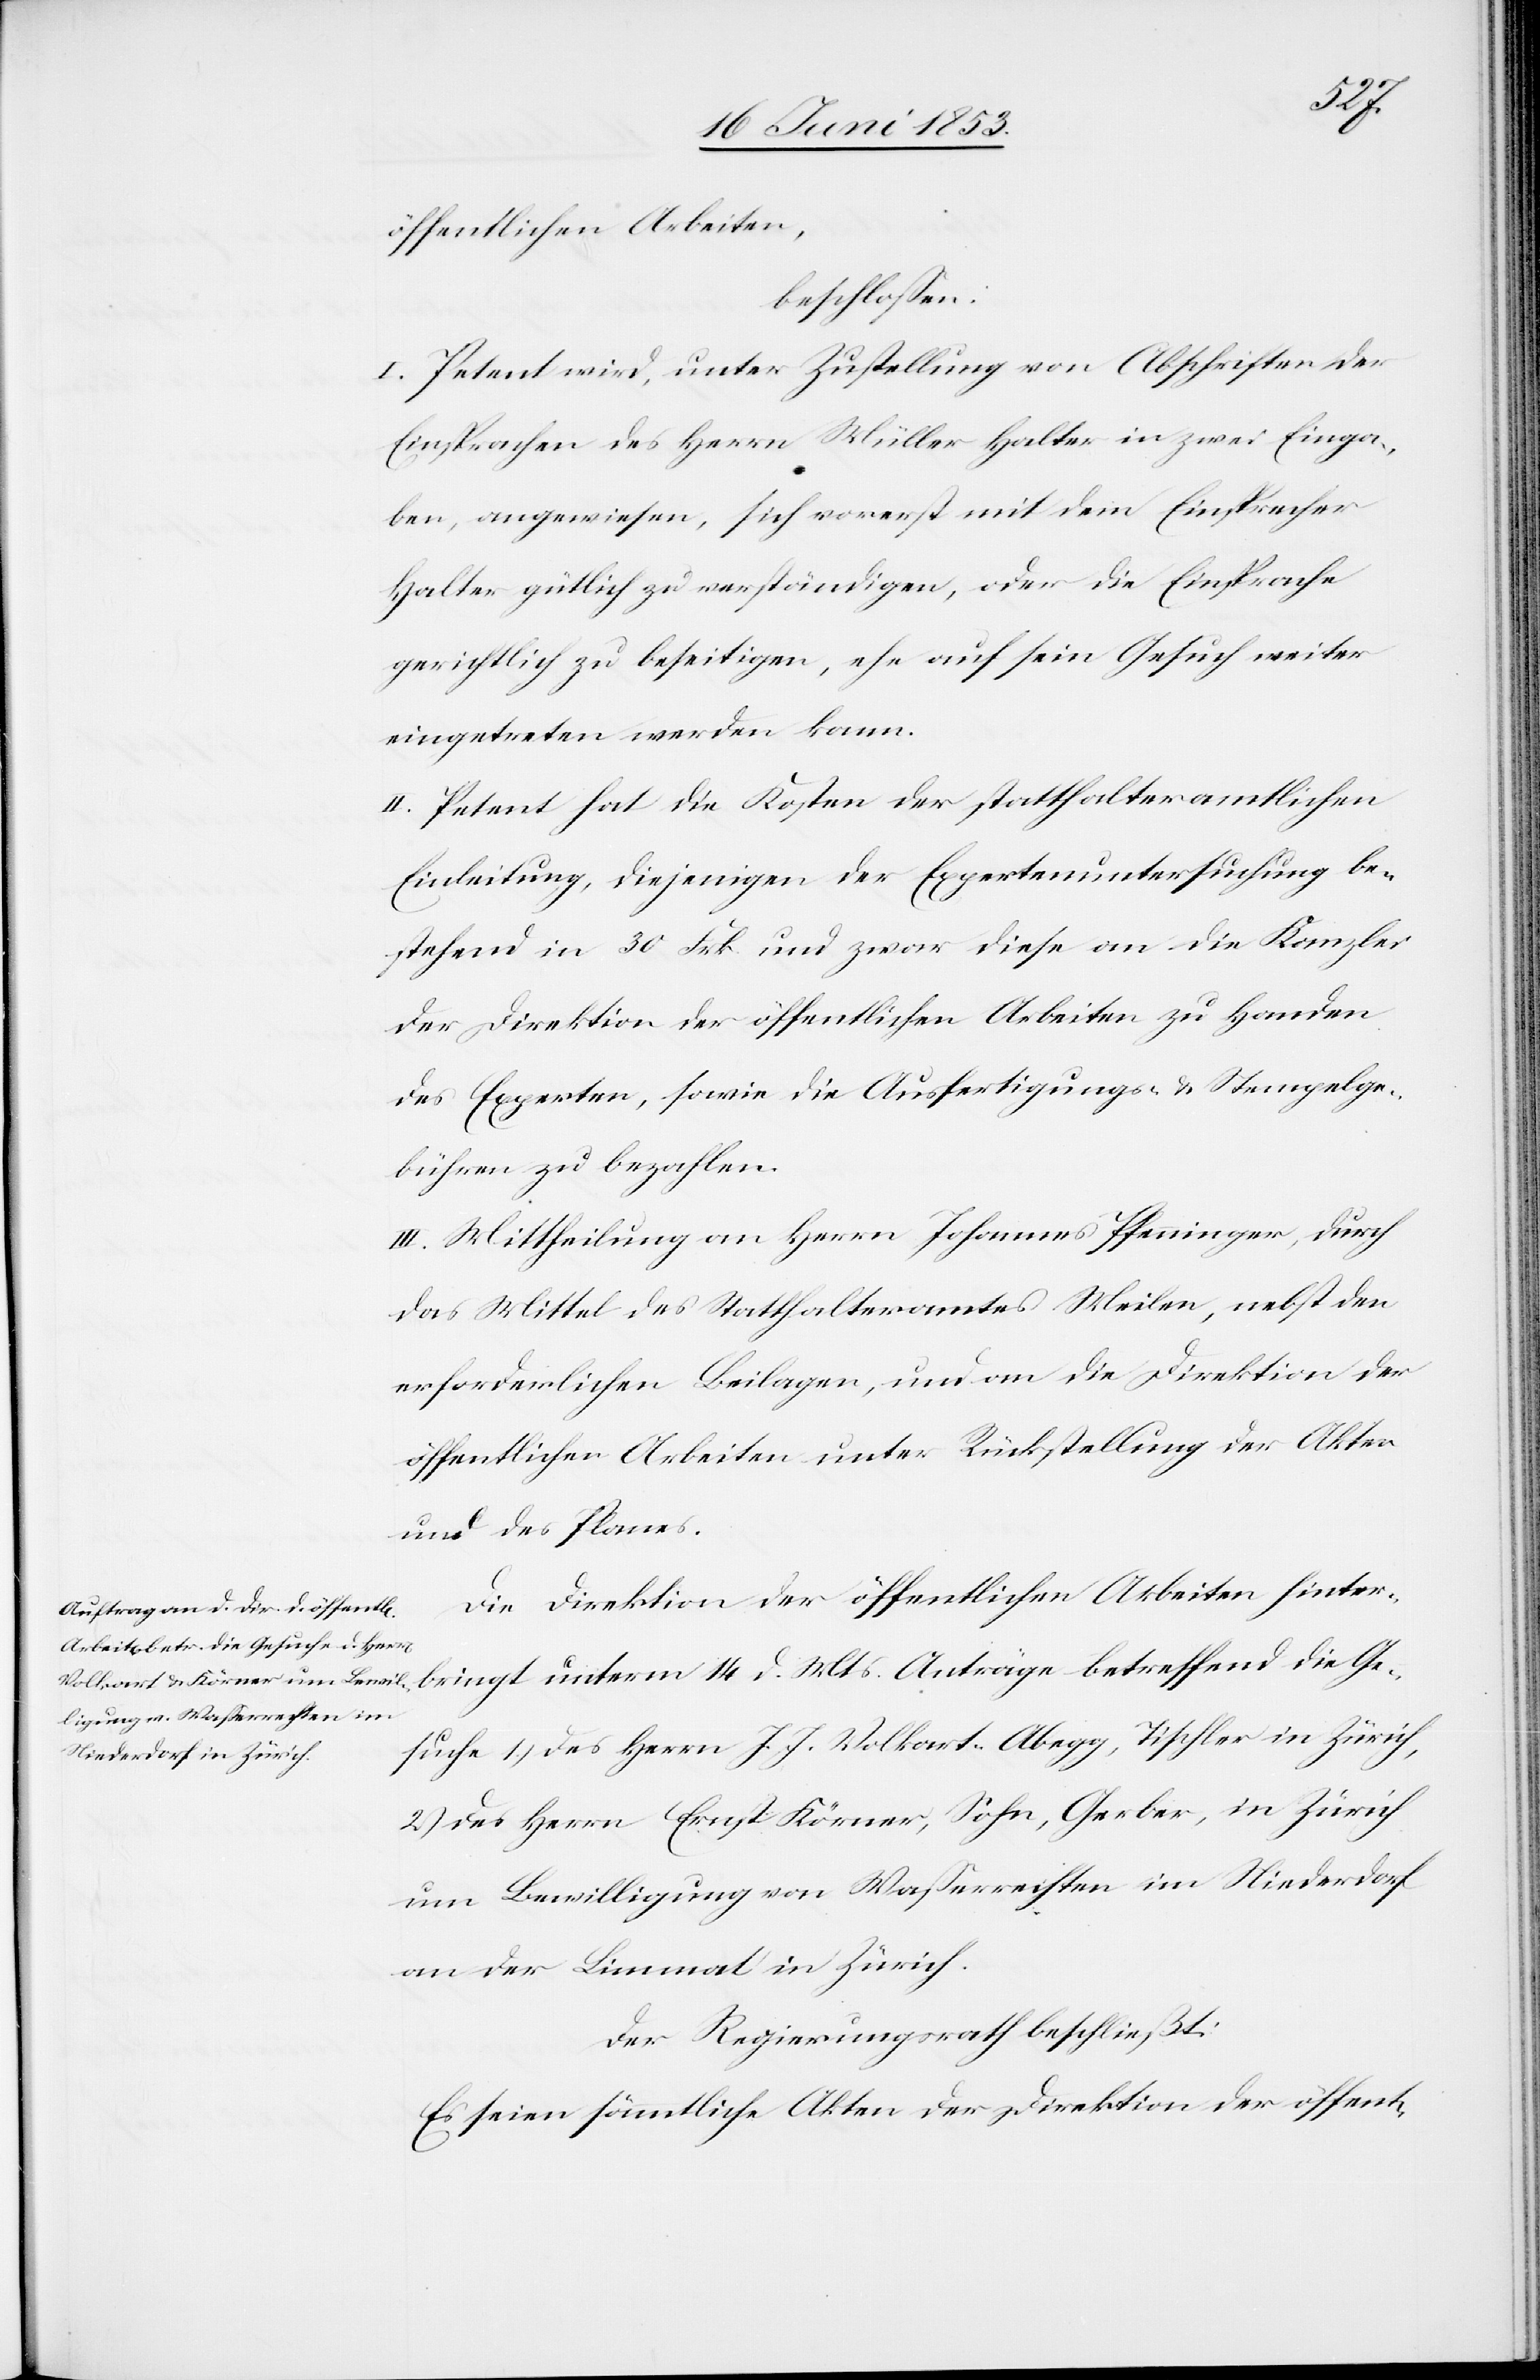
öffentlichen Arbeiten,
beschloßen:
I. Petent wird, unter Zustellung von Abschriften der
Einsprachen des Herrn Müller Halter in zwei Einga¬
ben, angewiesen, sich vorerst mit dem Einsprecher
Halter gütlich zu verständigen, oder die Einsprache
gerichtlich zu beseitigen, ehe auf sein Gesuch weiter
eingetreten werden kann.
II. Petent hat die Kosten der statthalteramtlichen
Einleitung, diejenigen der Expertenuntersuchung be¬
stehend in 30 Frk. und zwar diese an die Kanzlei
der Direktion der öffentlichen Arbeiten zu Handen
des Experten, sowie die Ausfertigungs- u. Stempelge¬
bühren zu bezahlen.
Die Direktion der öffentlichen Arbeiten hinter¬
bringt unterm 14 d. Mts. Anträge betreffend die Ge¬
suche, 1) des Herrn J. J. Volkart-Abegg, Tischler in Zürich,
2) des Herrn Ernst Körner, Sohn, Gerber, in Zürich
um Bewilligung von Waßerrechten im Niederdorf
an der Limmat in Zürich.
Der Regierungsrath beschließt:
Es seien sämmtliche Akten der Direktion der öffentl-